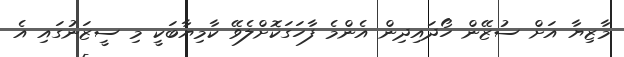
މާޒިޔާ އަށް ސުޒޭން ހޯދައިދިން އެންމެ ފާހަގަކޮށްލެވޭ ކާމިޔާބަކީ މި ސީޒަނުގައި އެ